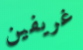
غريفين